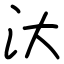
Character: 汏